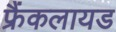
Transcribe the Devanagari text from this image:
फ्रैंकलायड